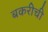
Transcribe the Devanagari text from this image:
बकरीची